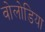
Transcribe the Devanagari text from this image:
वोलोडिया